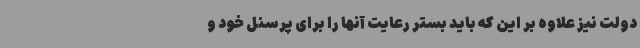
دولت نیز علاوه بر این که باید بستر رعایت آنها را برای پرسنل خود و